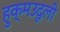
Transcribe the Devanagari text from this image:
हुक्मउदूली